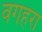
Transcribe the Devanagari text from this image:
वगहरा